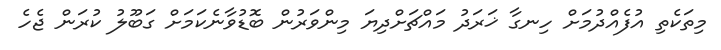
މިތަކެތި އުފެއްދުމަށް ހިނގާ ޚަރަދު މައްޗަށްދިޔަ މިންވަރުން ބޮޑުވާނެކަމަށް ގަބޫލު ކުރަން ޖެހެ